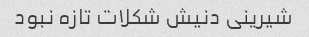
شیرینی دنیش شکلات تازه نبود